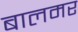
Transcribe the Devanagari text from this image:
बालमर